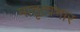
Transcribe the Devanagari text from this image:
मातृत्वभार